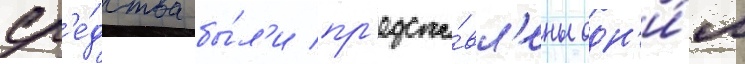
ср'е́дства бы́л'и пр'едста́вл'ены одн'и́м